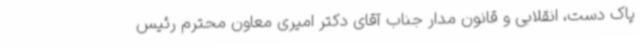
پاک دست، انقلابی و قانون مدار جناب آقای دکتر امیری معاون محترم رئیس